Report of the Indian Hemp Drugs Commission, 1894-1895 - Volume V
Year: 1894
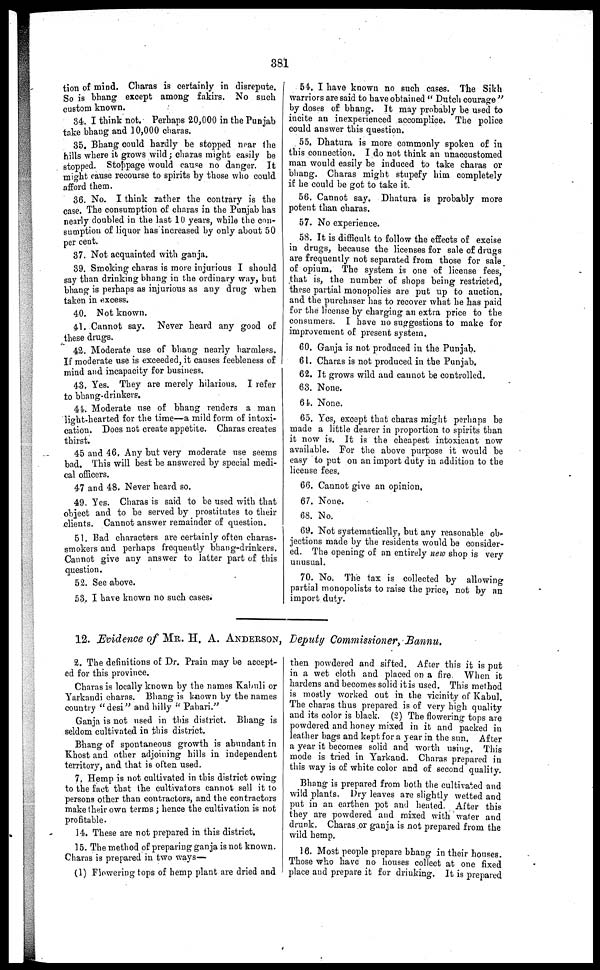
381
tion of mind. Charas is certainly in disrepute.
So is bhang except among fakirs. No such
custom known.
34. I think not. Perhaps 20,000 in the Punjab
take bhang and 10,000 charas.
35. Bhang could hardly be stopped near the
hills where it grows wild; charas might easily be
stopped. Stoppage would cause no danger. It
might cause recourse to spirits by those who could
afford them.
36. No. I think rather the contrary is the
case. The consumption of charas in the Punjab has
nearly doubled in the last 10 years, while the con-
sumption of liquor has increased by only about 50
per cent.
37. Not acquainted with ganja.
39. Smoking charas is more injurious I should
say than drinking bhang in the ordinary way, but
bhang is perhaps as injurious as any drug when
taken in excess.
40. Not known.
41. Cannot say. Never heard any good of
these drugs.
42. Moderate use of bhang nearly harmless.
If moderate use is exceeded, it causes feebleness of
mind and incapacity for business.
43. Yes. They are merely hilarious. I refer
to bhang-drinkers.
44. Moderate use of bhang renders a man
light-hearted for the time—a mild form of intoxi-
cation. Does not create appetite. Charas creates
thirst.
45 and 46, Any but very moderate use seems
bad. This will best be answered by special medi-
cal officers.
47 and 48. Never heard so.
49. Yes. Charas is said to be used with that
object and to be served by prostitutes to their
clients. Cannot answer remainder of question.
51. Bad characters are certainly often charas-
smokers and perhaps frequently bhang-drinkers.
Cannot give any answer to latter part of this
question.
52. See above.
53. I have known no such cases.
54. I have known no 6uch cases. The Sikh
warriors are said to have obtained "Dutch courage"
by doses of bhang. It may probably be used to
incite an inexperienced accomplice. The police
could answer this question.
55. Dhatura is more commonly spoken of in
this connection. I do not think an unaccustomed
man would easily be induced to take charas or
bhang. Charas might stupofy him completely
if he could be got to take it.
56. Cannot say. Dhatura is probably more
potent than charas.
57. No experience.
58. It is difficult to follow the effects of excise
in drugs, because the licenses for sale of drugs
are frequently not separated from those for sale
of opium. The system is one of license fees,
that is, the number of shops being restricted,
these partial monopolies are put up to auction,
and the purchaser has to recover what he has paid
for the license by charging an extra price to the
consumers. I have no suggestions to make for
improvement of present system.
60. Ganja is not produced in the Punjab.
61. Charas is not produced in the Punjab.
62. It grows wild and cannot be controlled.
63. None.
64. None.
65. Yes, except that charas might perhaps be
made a little dearer in proportion to spirits than
it now is. It is the cheapest intoxicant now
available. For the above purpose it would be
easy to put on an import duty in addition to the
license fees.
66. Cannot give an opinion,
67. None.
68. No.
69. Not systematically, but any reasonable ob-
jections made by the residents would be consider-
ed. The opening of an entirely new shop is very
unusual.
70. No. The tax is collected by allowing
partial monopolists to raise the price, not by an
import duty.
12. Evidence of MR. H. A. ANDERSON, Deputy Commissioner, Bannu.
2. The definitions of Dr. Prain may be accept-
ed for this province.
Charas is locally known by the names Kabuli or
Yarkandi charas. Bhang is known by the names
country "desi" and hilly "Pahari."
Ganja is not used in this district. Bhang is
seldom cultivated in this district.
Bhang of spontaneous growth is abundant in
Khost and other adjoining hills in independent
territory, and that is often used.
7. Hemp is not cultivated in this district owing
to the fact that the cultivators cannot sell it to
persons other than contractors, and the contractors
make their own terms; hence the cultivation is not
profitable.
14. These are not prepared in this district,
15. The method of preparing ganja is not known.
Charas is prepared in two ways—
(1) Flowering tops of hemp plant are dried and
I then powdered and sifted. After this it is put
in a wet cloth and placed on a fire. When it
hardens and becomes solid it is used. This method
is mostly worked out in the vicinity of Kabul.
The charas thus prepared is of very high quality
and its color is black. (2) The flowering tops are
powdered and honey mixed in it and packed in
leather hags and kept for a year in the sun. After
a year it becomes solid and worth using. This
mode is tried in Yarkand. Charas prepared in
this way is of white color and of second quality.
Bhang
is prepared from both the cultivated and
wild plants. Dry leaves are slightly wetted and
put in an earthen pot and healed. After this
they are powdered and mixed with water and
drunk. Charas or ganja is not prepared from the
wild hemp.
16. Most people prepare bhang in their houses.
Those who have no houses collect at one fixed
place and prepare it for drinking. It is prepared